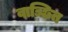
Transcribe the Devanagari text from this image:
वाञ्छित